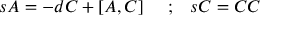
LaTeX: s { \cal A } = - d C + \left[ { \cal A } , C \right] \, \, \, \, \, \, \, ; \, \, \, \, \, s C = C C